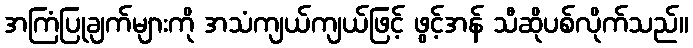
အကြံပြုချက်များကို အသံကျယ်ကျယ်ဖြင့် ဖွင့်အန် သီဆိုပစ်လိုက်သည်။